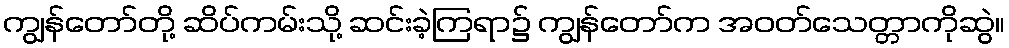
ကျွန်တော်တို့ ဆိပ်ကမ်းသို့ ဆင်းခဲ့ကြရာ၌ ကျွန်တော်က အဝတ်သေတ္တာကိုဆွဲ။